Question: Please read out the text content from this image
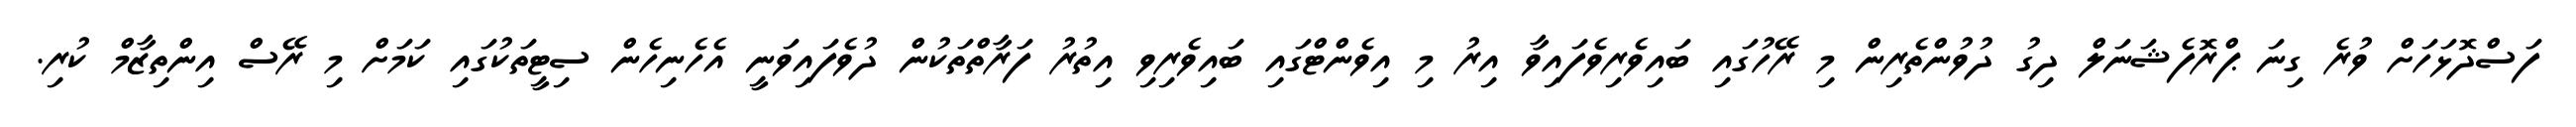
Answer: ފަސްދޮޅަހަށް ވުރެ ގިނަ ޕްރޮފެޝަނަލް ދިގު ދުވުންތެރިން މި ރޭހުގައި ބައިވެރިވެފައިވާ އިރު މި އިވެންޓްގައި ބައިވެރިވި އިތުރު ފަރާތްތަކުން ދުވެފައިވަނީ އެހެނިހެން ސިޓީތަކުގައި ކަމަށް މި ރޭސް އިންތިޒާމް ކުރި.